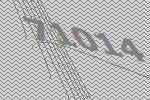
71014